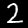
Digit: 2